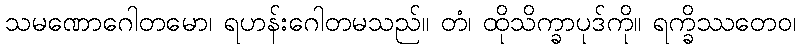
သမဏောဂေါတမော၊ ရဟန်းဂေါတမသည်။ တံ၊ ထိုသိက္ခာပုဒ်ကို။ ရက္ခိဿတေဝ၊